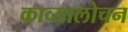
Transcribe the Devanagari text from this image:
काव्यालोचन